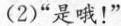
(2)“是哦！”